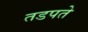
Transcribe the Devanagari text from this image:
तडपते